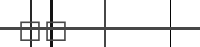
٧٧